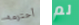
أحترمه لم